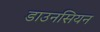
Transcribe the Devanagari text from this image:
डाउनसियन